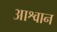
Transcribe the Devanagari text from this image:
आश्वान